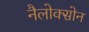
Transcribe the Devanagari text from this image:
नैलोक्सोन